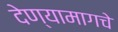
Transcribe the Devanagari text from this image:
देण्यामागचे